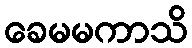
ခေမမကာသိ